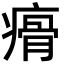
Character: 㾶